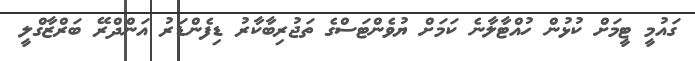
ގައުމީ ޓީމަށް ކުޅުން ހުއްޓާލާނެ ކަމަށް ޔުވެންޓަސްގެ ތަޖުރިބާކާރު ޑިފެންޑަރު އަންދްރޭ ބަރްޒާގްލީ